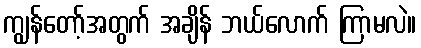
ကျွန်တော့်အတွက် အချိန် ဘယ်လောက် ကြာမလဲ။